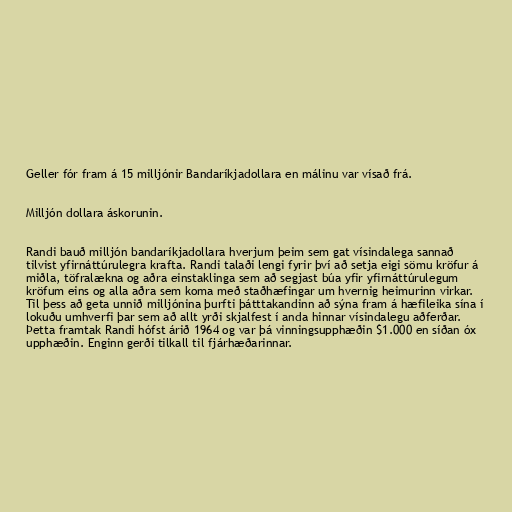
Geller fór fram á 15 milljónir Bandaríkjadollara en málinu var vísað frá.

Milljón dollara áskorunin.

Randi bauð milljón bandaríkjadollara hverjum þeim sem gat vísindalega sannað
tilvist yfirnáttúrulegra krafta. Randi talaði lengi fyrir því að setja eigi sömu kröfur á
miðla, töfralækna og aðra einstaklinga sem að segjast búa yfir yfirnáttúrulegum
kröfum eins og alla aðra sem koma með staðhæfingar um hvernig heimurinn virkar.
Til þess að geta unnið milljónina þurfti þátttakandinn að sýna fram á hæfileika sína í
lokuðu umhverfi þar sem að allt yrði skjalfest í anda hinnar vísindalegu aðferðar.
Þetta framtak Randi hófst árið 1964 og var þá vinningsupphæðin $1.000 en síðan óx
upphæðin. Enginn gerði tilkall til fjárhæðarinnar.